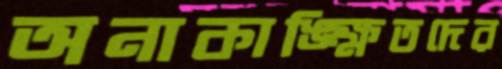
অনাকাঙ্ক্ষিতদের